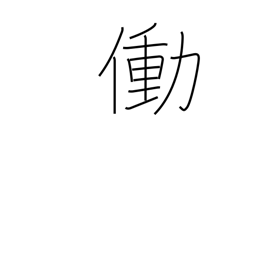
Meaning: work